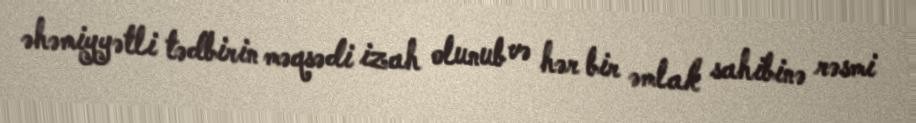
əhəmiyyətli tədbirin məqsədi izah olunub və hər bir əmlak sahibinə rəsmi